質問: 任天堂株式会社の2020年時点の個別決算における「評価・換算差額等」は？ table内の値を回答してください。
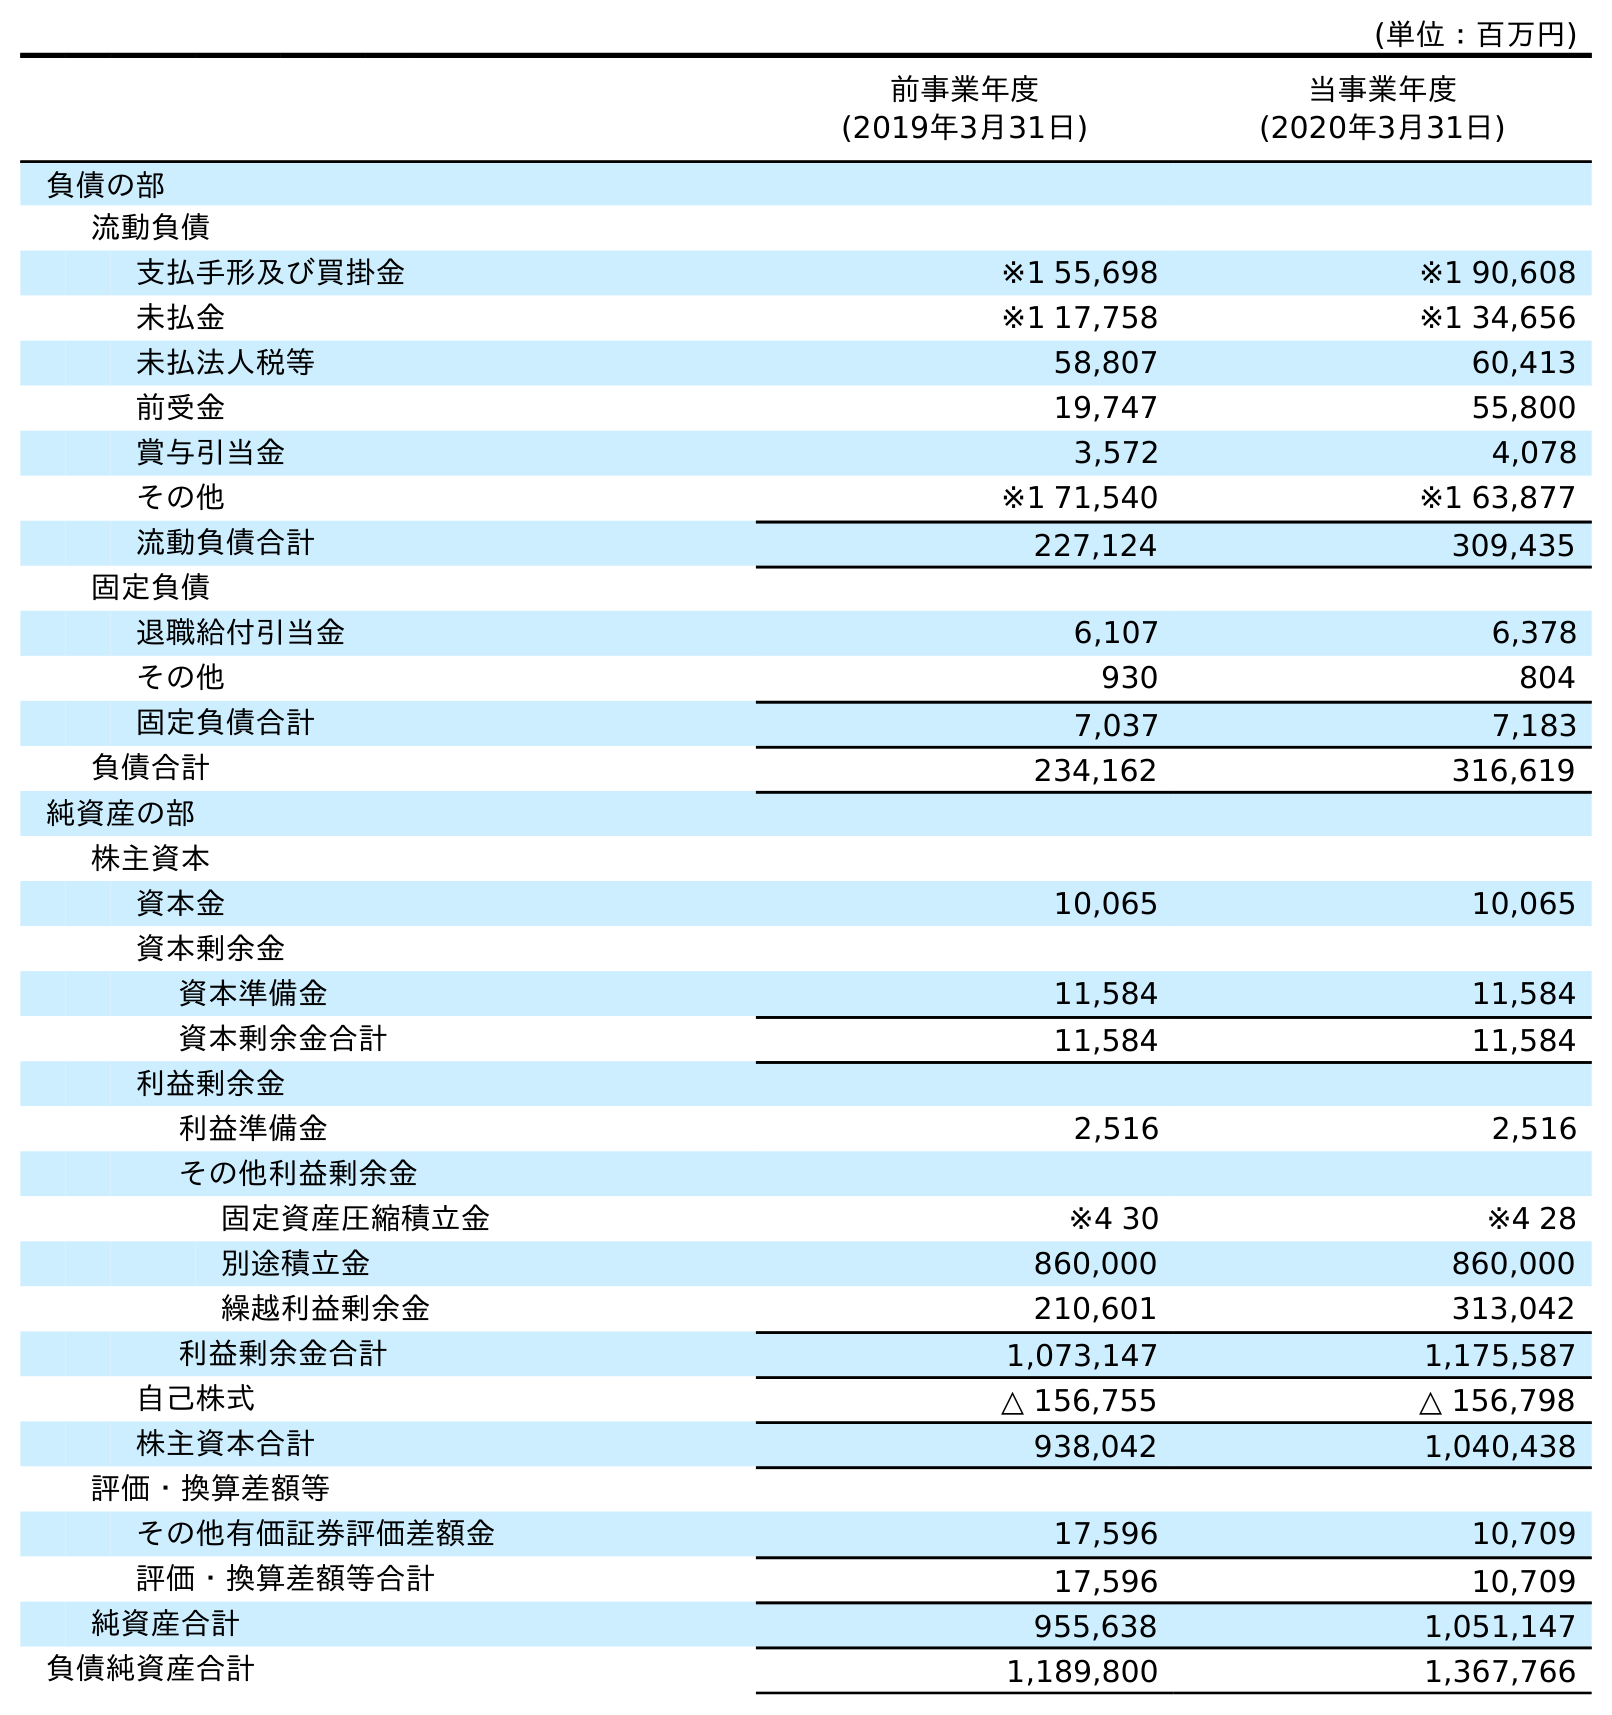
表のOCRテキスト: (単位：百万円) 前事業年度 (2019年3月31日) 当事業年度 (2020年3月31日) 負債の部 流動負債 支払手形及び買掛金 ※1 55,698 ※1 90,608 未払金 ※1 17,758 ※1 34,656 未払法人税等 58,807 60,413 前受金 19,747 55,800 賞与引当金 3,572 4,078 その他 ※1 71,540 ※1 63,877 流動負債合計 227,124 309,435 固定負債 退職給付引当金 6,107 6,378 その他 930 804 固定負債合計 7,037 7,183 負債合計 234,162 316,619 純資産の部 株主資本 資本金 10,065 10,065 資本剰余金 資本準備金 11,584 11,584 資本剰余金合計 11,584 11,584 利益剰余金 利益準備金 2,516 2,516 その他利益剰余金 固定資産圧縮積立金 ※4 30 ※4 28 別途積立金 860,000 860,000 繰越利益剰余金 210,601 313,042 利益剰余金合計 1,073,147 1,175,587 自己株式 △ 156,755 △ 156,798 株主資本合計 938,042 1,040,438 評価・換算差額等 その他有価証券評価差額金 17,596 10,709 評価・換算差額等合計 17,596 10,709 純資産合計 955,638 1,051,147 負債純資産合計 1,189,800 1,367,766
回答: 10,709